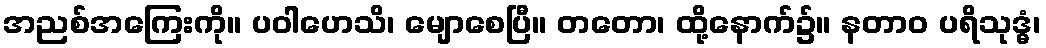
အညစ်အကြေးကို။ ပဝါဟေသိ၊ မျောစေပြီ။ တတော၊ ထို့နောက်၌။ နတာဝ ပရိသုဒ္ဓံ၊